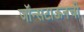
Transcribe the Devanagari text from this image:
जॉन्सटाऊनची